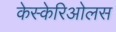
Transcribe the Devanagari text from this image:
केस्केरिओलस